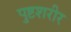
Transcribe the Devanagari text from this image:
पुष्टशरीर